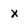
Character: X